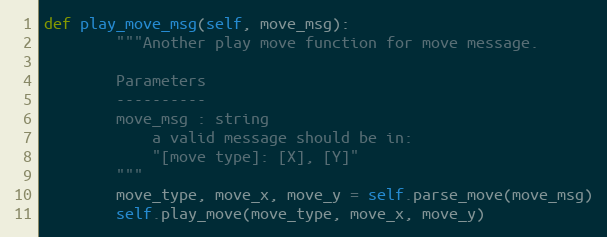
Language: Python
def play_move_msg(self, move_msg):
        """Another play move function for move message.

        Parameters
        ----------
        move_msg : string
            a valid message should be in:
            "[move type]: [X], [Y]"
        """
        move_type, move_x, move_y = self.parse_move(move_msg)
        self.play_move(move_type, move_x, move_y)